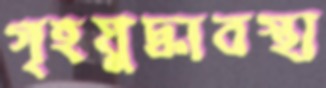
গৃহযুদ্ধাবস্থা